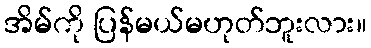
အိမ်ကို ပြန်မယ်မဟုတ်ဘူးလား။